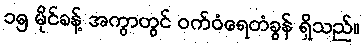
၁၅ မိုင်ခန့် အကွာတွင် ဝက်ဝံရေတံခွန် ရှိသည်။